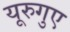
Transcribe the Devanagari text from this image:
यूरुगुए